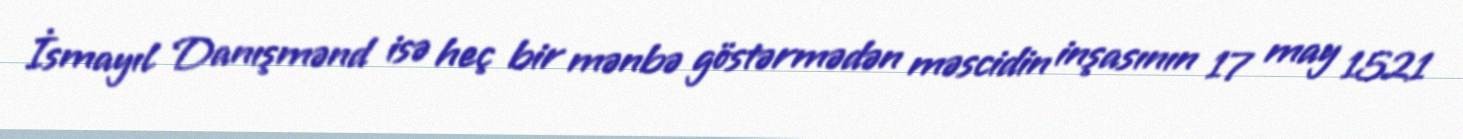
İsmayıl Danışmənd isə heç bir mənbə göstərmədən məscidin inşasının 17 may 1521